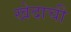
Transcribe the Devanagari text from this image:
खेदाची